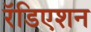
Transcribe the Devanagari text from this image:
रॅडिएशन